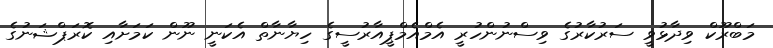
މަބްރޫކް ވިދާޅުވީ ސަރުކާރުގެ ވިސްނުންހުރީ އެމްއެމްޕީއާރުސީގެ ހިޔާނާތް އެކަނީ ނޫން ކަމަށާއި ކޮރަޕްޝަނުގެ